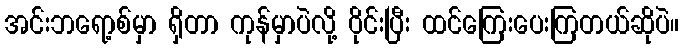
အင်းဘရော့စ်မှာ ရှိတာ ကုန်မှာပဲလို့ ဝိုင်းပြီး ထင်ကြေးပေးကြတယ်ဆိုပဲ။